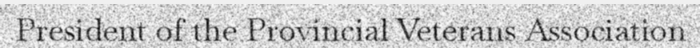
President of the Provincial Veterans Association